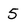
Character: 5